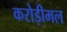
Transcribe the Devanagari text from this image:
करोड़ीमल